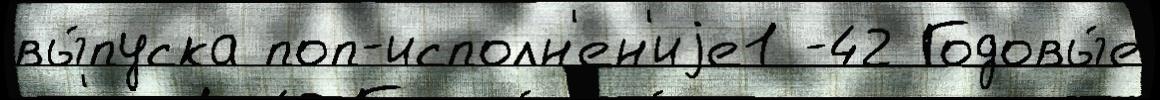
вы́пуска поп-исполн'ен'иjе1 -42 Годовы́е